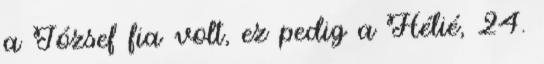
a József fia volt, ez pedig a Hélié, 24.